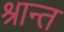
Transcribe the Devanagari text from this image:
श्रान्त